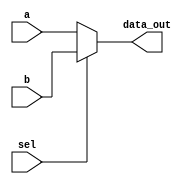
module mux
(
a, b, sel, data_out
);

	input wire[63:0] a;
	input wire[63:0] b;
	input sel;
	output reg[63:0] data_out;

	always @(sel or a or b)
	begin
		if(sel == 0)
			data_out = a;
		else
			data_out = b;
	end
endmodule